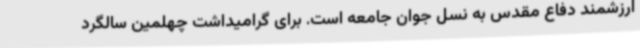
ارزشمند دفاع مقدس به نسل جوان جامعه است. برای گرامیداشت چهلمین سالگرد